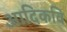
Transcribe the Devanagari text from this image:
अादिकवि